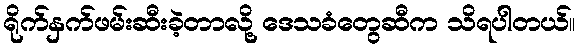
ရိုက်နှက်ဖမ်းဆီးခဲ့တာလို့ ဒေသခံတွေဆီက သိရပါတယ်။